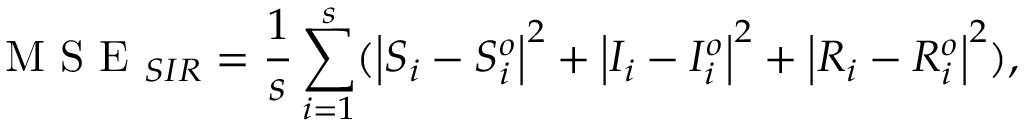
\mathrm { ~ M ~ S ~ E ~ } _ { S I R } = \frac { 1 } { s } \sum _ { i = 1 } ^ { s } ( \left| S _ { i } - S _ { i } ^ { o } \right| ^ { 2 } + \left| I _ { i } - I _ { i } ^ { o } \right| ^ { 2 } + \left| R _ { i } - R _ { i } ^ { o } \right| ^ { 2 } ) ,